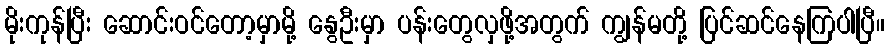
မိုးကုန်ပြီး ဆောင်းဝင်တော့မှာမို့ နွေဦးမှာ ပန်းတွေလှဖို့အတွက် ကျွန်မတို့ ပြင်ဆင်နေကြပါပြီ။